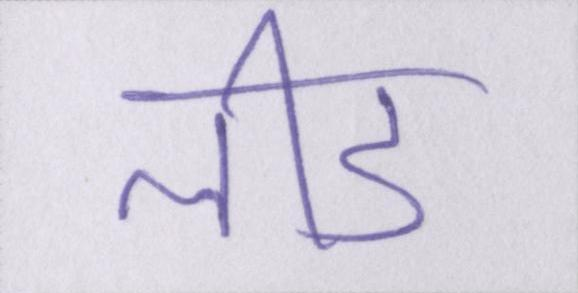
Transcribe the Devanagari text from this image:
लीड